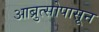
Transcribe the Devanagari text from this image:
आब्रुत्सोपासून